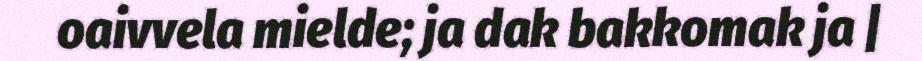
oaivvela mielde; ja dak bakkomak ja |